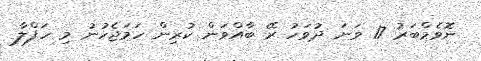
ނޮވެމްބަރު 17 ވަނަ ދުވަހު ރޭ ބާއްވަން ކުރިން ހަމަޖެހުނު މި ހަފްލާ